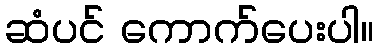
ဆံပင် ကောက်ပေးပါ။